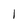
Character: 1